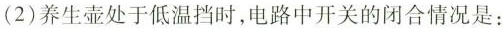
(2)养生壶处于低温档时，电路中开关的闭合情况是；